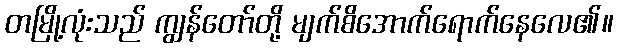
တမြို့လုံးသည် ကျွန်တော်တို့ မျက်စိအောက်ရောက်နေလေ၏။